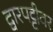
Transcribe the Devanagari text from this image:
द्वारपट्टीवर